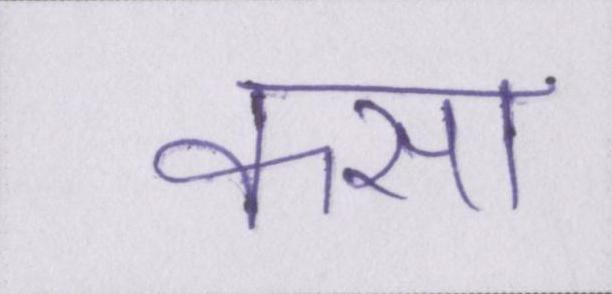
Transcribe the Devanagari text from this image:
कसा